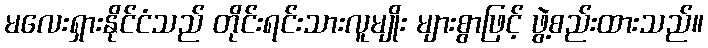
မလေးရှားနိုင်ငံသည် တိုင်းရင်းသားလူမျိုး များစွာဖြင့် ဖွဲ့စည်းထားသည်။